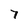
Character: 7